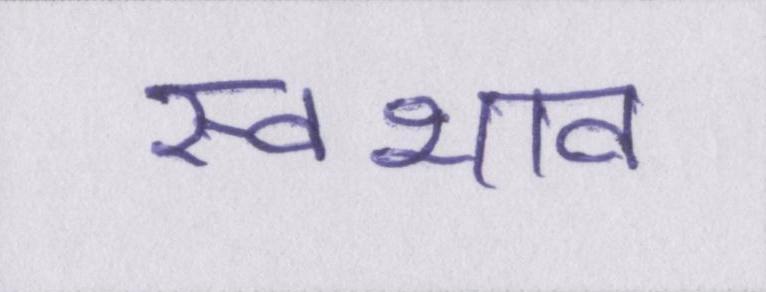
स्वभाव